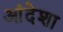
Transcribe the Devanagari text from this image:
आंदेशा